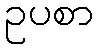
ဥပစာ